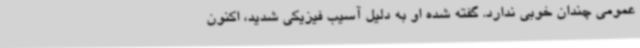
عمومی چندان خوبی ندارد. گفته شده او به دلیل آسیب فیزیکی شدید، اکنون